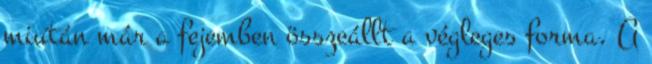
miután már a fejemben összeállt a végleges forma. A